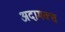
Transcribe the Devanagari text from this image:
अदामक्स